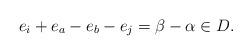
LaTeX: \begin{align*}e_i+e_a-e_b-e_j=\beta-\alpha\in D.\end{align*}